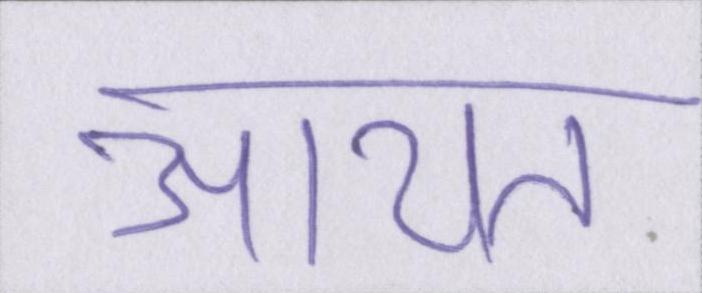
आयत